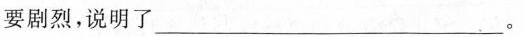
要剧烈，说明了___。